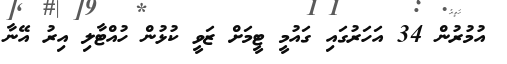
އުމުރުން 34 އަހަރުގައި ގައުމީ ޓީމަށް ޒަވީ ކުޅުން ހުއްޓާލި އިރު އޭނާ